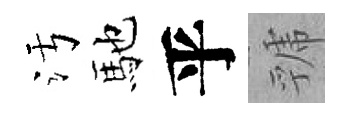
污馳乎虢